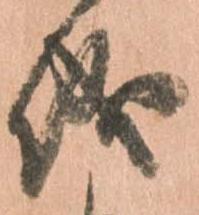
儀